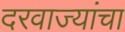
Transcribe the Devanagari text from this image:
दरवाज्यांचा